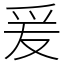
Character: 爰